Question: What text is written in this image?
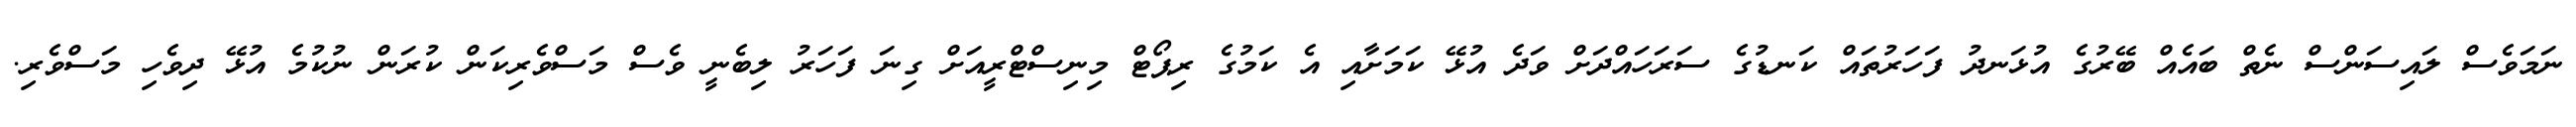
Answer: ނަމަވެސް ލައިސަންސް ނެތް ބައެއް ބޭރުގެ އުޅަނދު ފަހަރުތައް ކަނޑުގެ ސަރަހައްދަށް ވަދެ އުޅޭ ކަމަށާއި އެ ކަމުގެ ރިޕޯޓް މިނިސްޓްރީއަށް ގިނަ ފަހަރު ލިބެނީ ވެސް މަސްވެރިކަން ކުރަން ނުކުމެ އުޅޭ ދިވެހި މަސްވެރި.